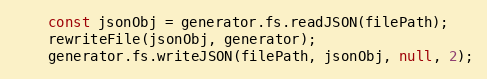
Language: JavaScript
    const jsonObj = generator.fs.readJSON(filePath);
    rewriteFile(jsonObj, generator);
    generator.fs.writeJSON(filePath, jsonObj, null, 2);